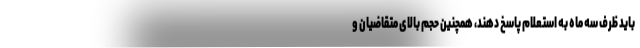
باید ظرف سه ماه به استعلام پاسخ دهند، همچنین حجم بالای متقاضیان و